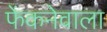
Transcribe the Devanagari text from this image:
फेंकनेवाला